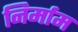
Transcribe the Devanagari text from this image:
निर्माम